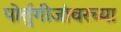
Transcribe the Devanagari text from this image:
पोर्तुगीजांवरच्या